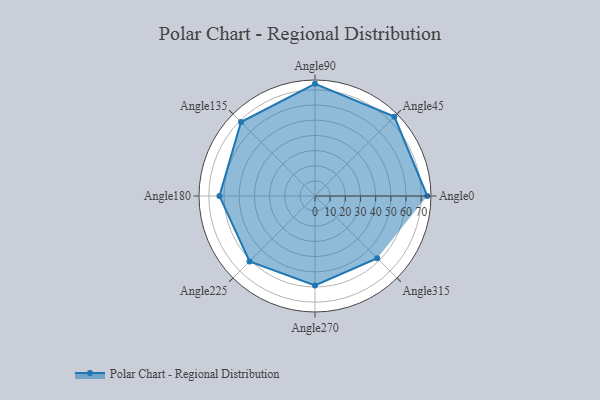
{"axis": {"x": "Angle", "y": "Radius"}, "legend": [""], "data": [{"x": "Angle0", "y": 74.0, "type": ""}, {"x": "Angle45", "y": 74.0, "type": ""}, {"x": "Angle90", "y": 74.0, "type": ""}, {"x": "Angle135", "y": 69.0, "type": ""}, {"x": "Angle180", "y": 63.0, "type": ""}, {"x": "Angle225", "y": 61.0, "type": ""}, {"x": "Angle270", "y": 59.0, "type": ""}, {"x": "Angle315", "y": 58.0, "type": ""}]}